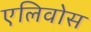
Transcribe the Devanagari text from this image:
एलिवोस